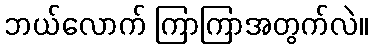
ဘယ်လောက် ကြာကြာအတွက်လဲ။